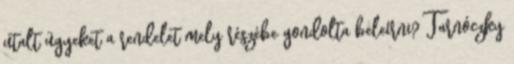
utalt ügyeket a rendelet mely részébe gondolta beleírni? Tarnóczky